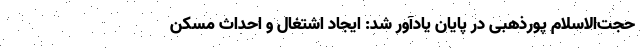
حجت‌الاسلام پورذهبی در پایان یادآور شد: ایجاد اشتغال و احداث مسکن